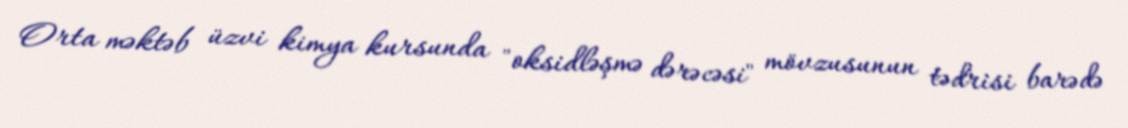
Orta məktəb üzvi kimya kursunda "oksidləşmə dərəcəsi" mövzusunun tədrisi barədə